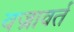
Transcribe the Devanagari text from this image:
वज्रावर्त